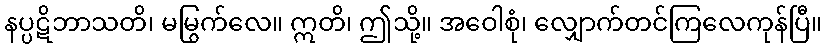
နပ္ပဋိဘာသတိ၊ မမြွက်လေ။ ဣတိ၊ ဤသို့။ အဝေါစုံ၊ လျှောက်တင်ကြလေကုန်ပြီ။